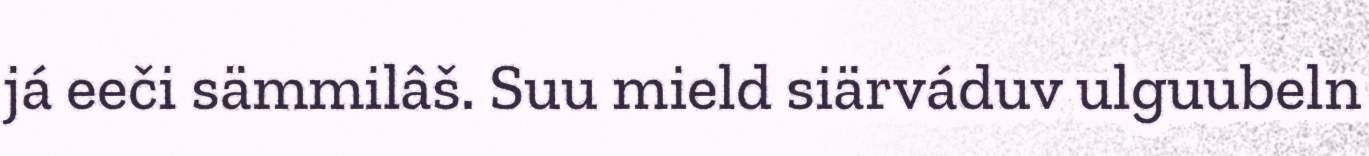
já eeči sämmilâš. Suu mield siärváduv ulguubeln